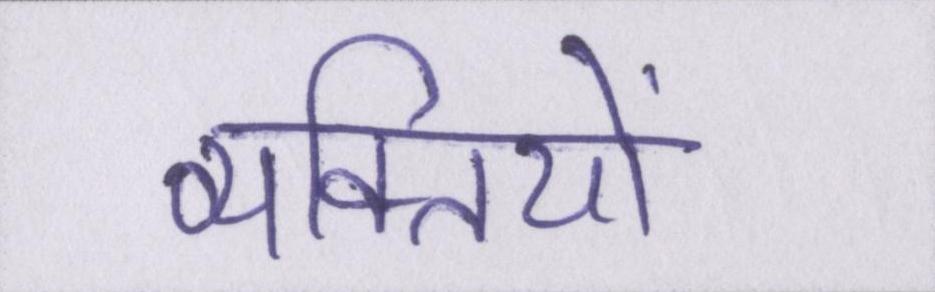
व्यक्तियों